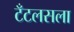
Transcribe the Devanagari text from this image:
टँटलसला